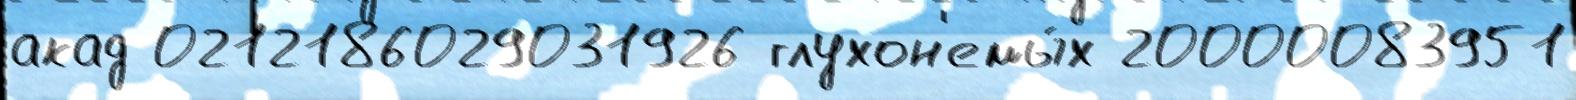
акад 0212186029031926 глухон'емы́х 20000083951